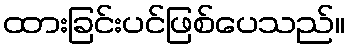
ထားခြင်းပင်ဖြစ်ပေသည်။